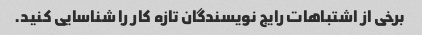
برخی از اشتباهات رایج نویسندگان تازه کار را شناسایی کنید.